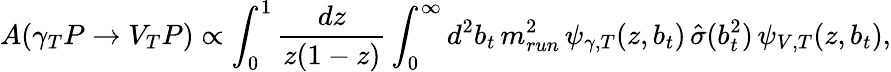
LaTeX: A(\gamma_{T}P\rightarrow V_{T}P)\propto\int_{0}^{1}\frac{dz}{z(1-z)}\int_{0}^{\infty}d^{2}b_{t}\, m_{run}^{2}\, \psi_{\gamma,T}(z,b_{t})\, {\hat{\sigma}}(b_{t}^{2})\, \psi_{V,T}(z,b_{t}),